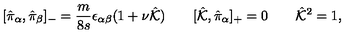
[ \hat { \pi } _ { \alpha } , \hat { \pi } _ { \beta } ] _ { - } = \frac { m } { 8 s } \epsilon _ { \alpha \beta } ( 1 + \nu \hat { \cal K } ) \qquad [ \hat { \cal K } , \hat { \pi } _ { \alpha } ] _ { + } = 0 \qquad \hat { \cal K } ^ { 2 } = 1 ,